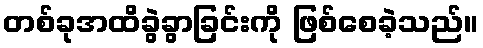
တစ်ခုအထိခွဲခွာခြင်းကို ဖြစ်စေခဲ့သည်။